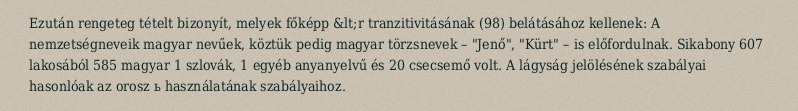
Ezután rengeteg tételt bizonyít, melyek főképp &lt;r tranzitivitásának (98) belátásához kellenek: A nemzetségneveik magyar nevűek, köztük pedig magyar törzsnevek – "Jenő", "Kürt" – is előfordulnak. Sikabony 607 lakosából 585 magyar 1 szlovák, 1 egyéb anyanyelvű és 20 csecsemő volt. A lágyság jelölésének szabályai hasonlóak az orosz ь használatának szabályaihoz.